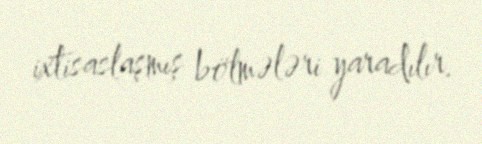
ixtisaslaşmış bölmələri yaradılır.